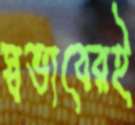
স্বভাবেরই